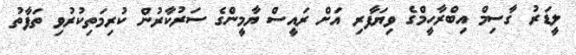
ލީޑަރު ގާސިމް އިބްރާހީމްގެ ވިޔަފާރި އަށް ރައީސް ޔާމީންގެ ސަރުކާރުން ކުރިމަތިކުރުވި ތަފާތު